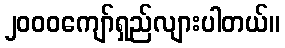
၂၀၀၀ကျော်ရှည်လျားပါတယ်။